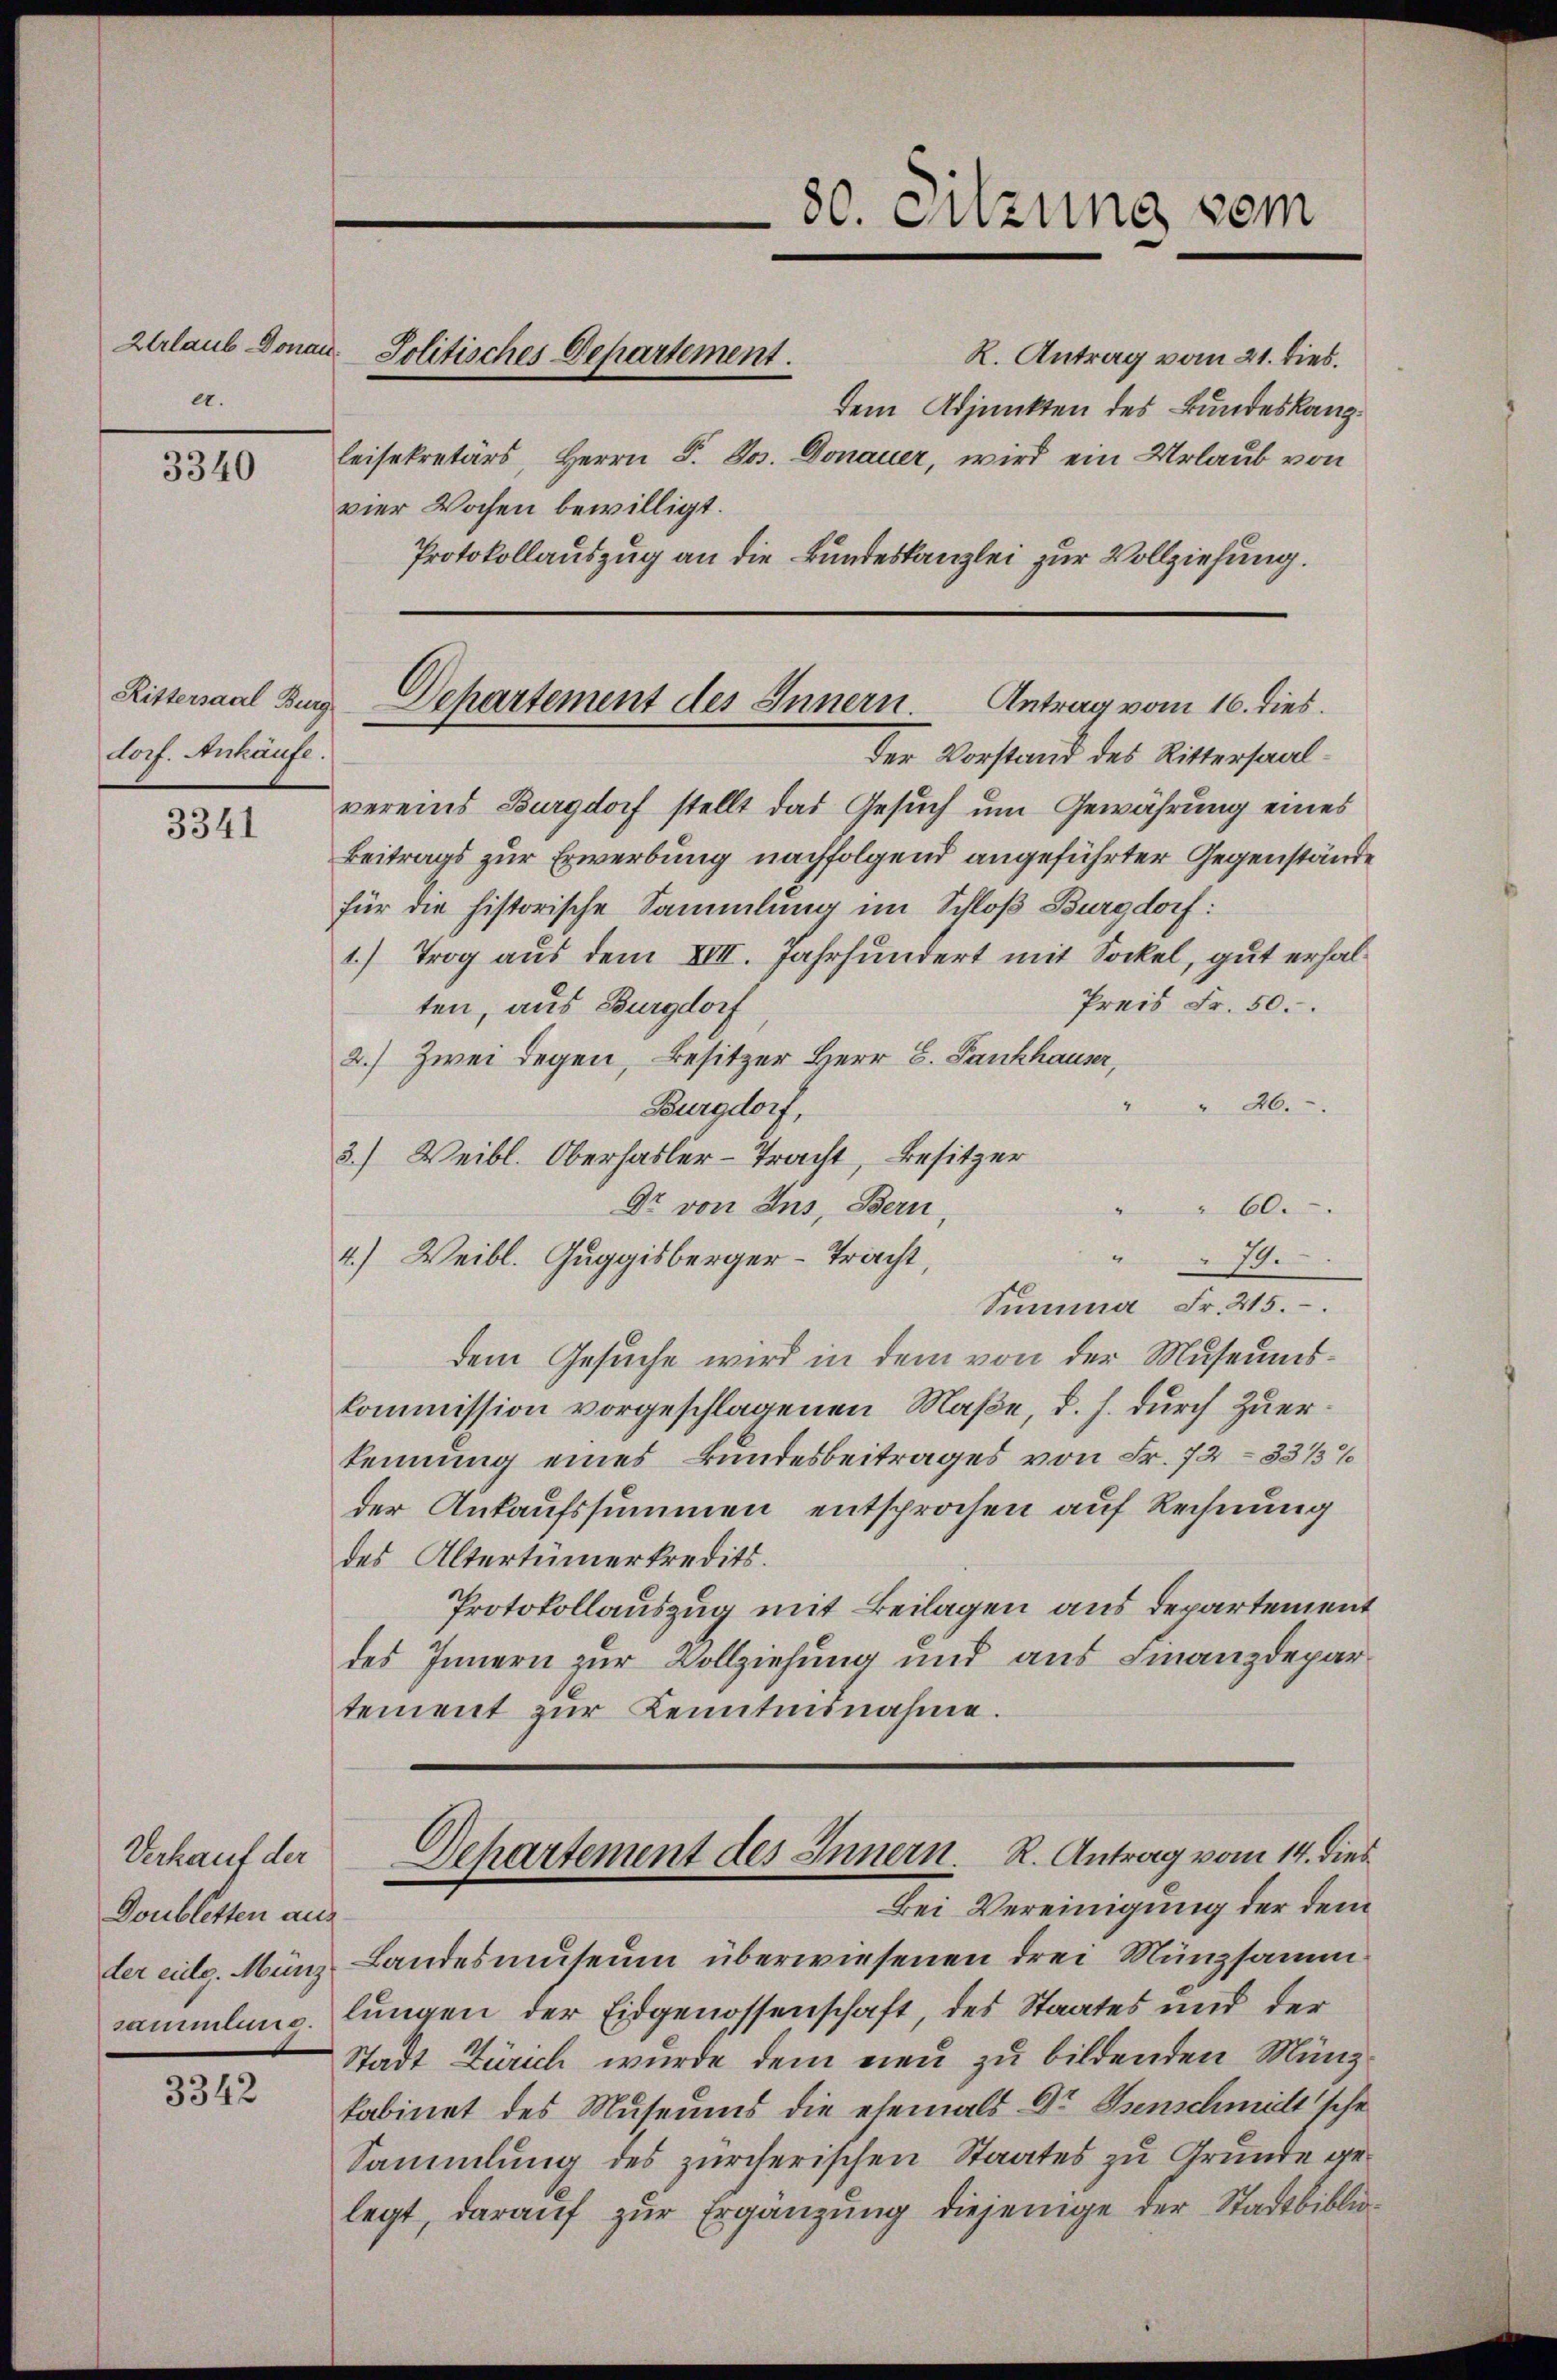
a.

3340

Rittersaal Burgdorf. Ankäufe.

3341

Verkauf der
Doubletten aus
der eidg. Münz
sammlung.

3342

Zurlaub Donau. Politisches Departement.

R. Antrag vom 21. dies.
dem Adjunkten des Bundeskanzleisekretärs, Herrn P. Jos. Donauer, wird ein Urlaub von
vier Wochen bewilligt.
Protokollauszug an die Bundeskanzlei zur Vollziehung.

Der Vorstand des Rittersaalvereins Burgdorf stellt das Gesuch um Gewährung eines
Beitrags zur Erwerbung nachfolgend angeführter Gegenstände
für die historische Sammlung im Schloß Burgdorf:
1) Trog aus dem XIII. Jahrhundert mit Sockel, gut erhal¬
Preis Fr. 50.
ten, aus Burgdorf
2.) Zwei Regen, Besitzer Herr G. Fankhauser,
46.
Burgdorf,
3.) Weibl. Oberhasler-Tracht, Besitzer
Dr von Ins, Bern,
60.
4.) Weibl. Guggisberger-Tracht,
79.
Summa Fr. 215.
dem Gesuche wird in dem von der Museumskommission vorgeschlagenen Maße, d. h. durch zuerkennung eines Bundesbeitrages von Fr. 7233/3%
der Ankaufssummen entsprochen auf Rechnung
des Altertümerkredits.
Protokollauszug mit Beilagen aus Departement
des Innern zur Vollziehung und aus Finanzdepar
tement zur Kenntnisnahme.
Dehartement des Innern. R. Antrag vom 14. dies
Bei Vereinigung der dem
Landesmuseum überwiesenen drei Münzsamm
lungen der Eidgenossenschaft, des Staates und der
Stadt Zürich wurde dem neu zu bildenden Münzkabinet des Museums die ehemals Dr. Benschmittsche
Sammlung des zürcherischen Staates zu Grunde gelegt, darauf zur Ergänzung diejenige der Stadtbiblio¬

80. Sitzung vom

Departement des Innern. Antrag vom 16. dies.